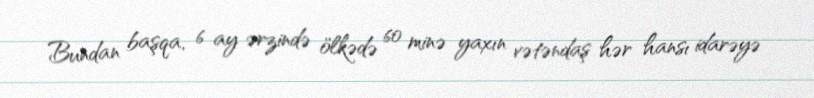
Bundan başqa, 6 ay ərzində ölkədə 60 minə yaxın vətəndaş hər hansı idarəyə